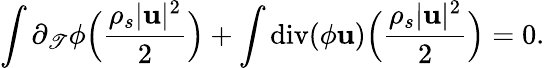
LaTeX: \int\partial_{\mathscr{T}}\phi\Big(\frac{{\rho_{s}|{\mathbf{u}}|^{2}}}{{2}}\Big)+\int\mathrm{{div}}(\phi{\mathbf{u}})\Big(\frac{{\rho_{s}|{\mathbf{u}}|^{2}}}{{2}}\Big)=0.